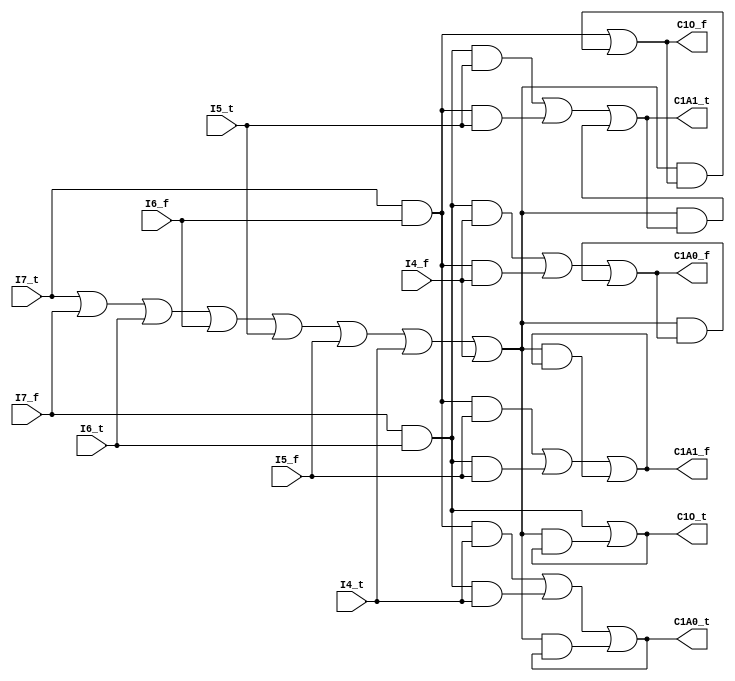
module controllerNCL(
	input I7_t, I7_f, I6_t, I6_f, I5_t, I5_f, I4_t, I4_f, 
	output C1A1_t, C1A1_f, C1A0_t, C1A0_f, C1O_t, C1O_f);

	wire hysteresis;
	assign hysteresis = I7_t | I7_f | I6_t | I6_f | I5_t | I5_f | I4_t | I4_f;

	assign C1A1_f= (I7_t & I6_f & I5_f) | (I7_f & I6_t & I5_f) | (hysteresis & C1A1_f);
	assign C1A1_t= (I7_f & I6_t & I5_t) | (I7_t & I6_f & I5_t) | (hysteresis & C1A1_t);
	assign C1A0_f= (I7_f & I6_t & I4_f) | (I7_t & I6_f & I4_f) | (hysteresis & C1A0_f);
	assign C1A0_t= (I7_t & I6_f & I4_t) | (I7_f & I6_t & I4_t) | (hysteresis & C1A0_t);
	assign C1O_f= (I7_t & I6_f) | (hysteresis & C1O_f);
	assign C1O_t= (I7_f & I6_t) | (hysteresis & C1O_t);

endmodule